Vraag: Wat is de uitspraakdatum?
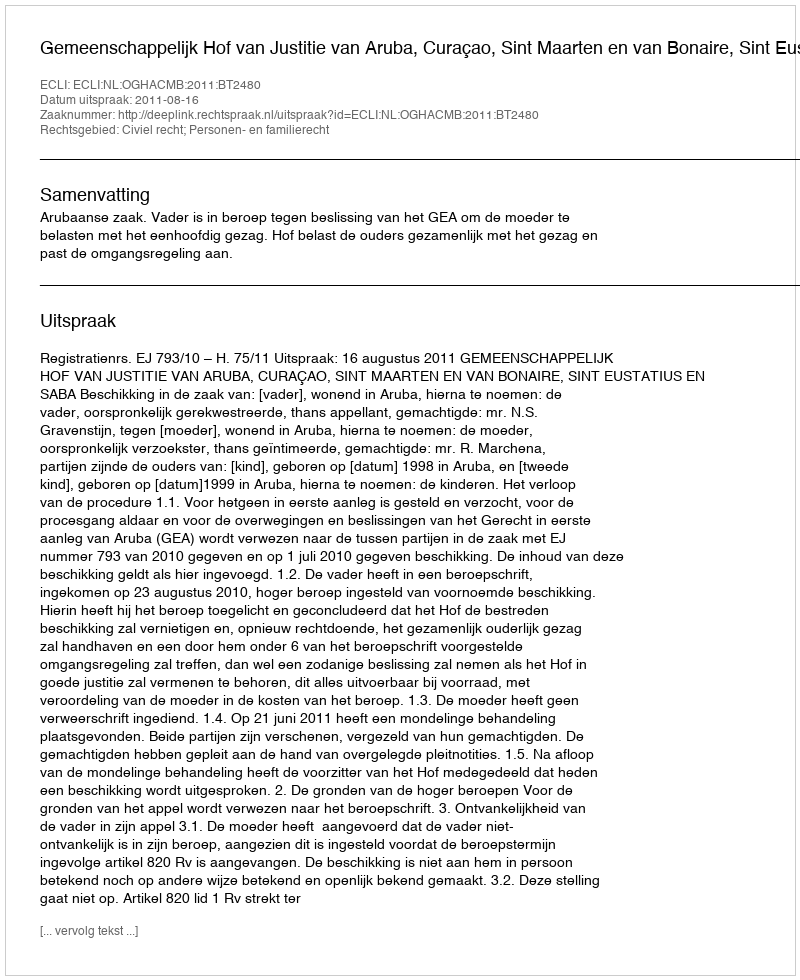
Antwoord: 2011-08-16